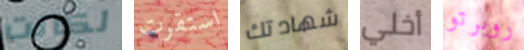
لكانت استقرت شهادتك أخلي روبرتو